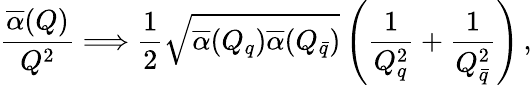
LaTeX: {\frac{\overline{{\alpha}}(Q)}{Q^{2}}}\Longrightarrow{\frac{1}{2}}\sqrt{\overline{{\alpha}}(Q_{q})\overline{{\alpha}}(Q_{\bar{q}})}\left({\frac{1}{Q_{q}^{2}}}+{\frac{1}{Q_{\bar{q}}^{2}}}\right)\, ,